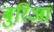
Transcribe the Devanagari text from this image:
बुरिआं